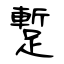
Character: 蹔